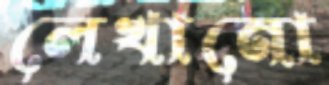
লেখানো